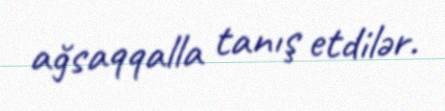
ağsaqqalla tanış etdilər.